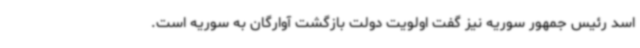
اسد رئیس جمهور سوریه نیز گفت اولویت دولت بازگشت آوارگان به سوریه است.